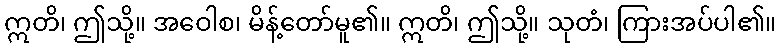
ဣတိ၊ ဤသို့။ အဝေါစ၊ မိန့်တော်မူ၏။ ဣတိ၊ ဤသို့။ သုတံ၊ ကြားအပ်ပါ၏။